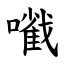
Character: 㘍